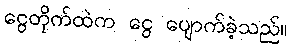
ငွေတိုက်ထဲက ငွေ ပျောက်ခဲ့သည်။